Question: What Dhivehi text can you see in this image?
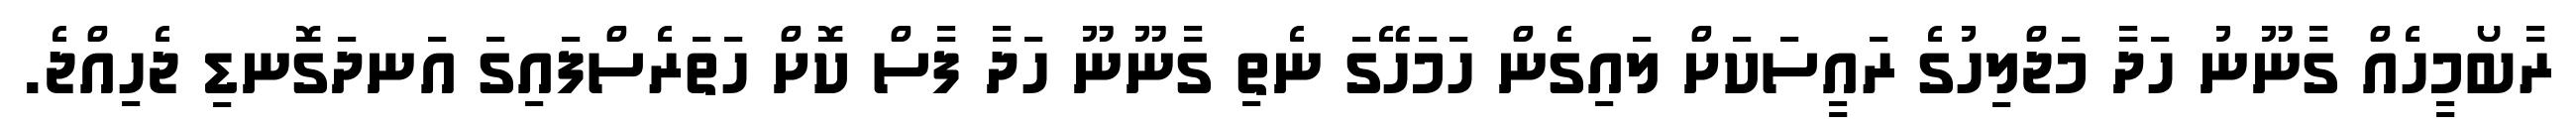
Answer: ރާބޯމީހެއް ގާނޫނު ހަދާ މަޖްލިހުގެ ރައީސަކަށް ލައިގެން ހަމަހޭގަ ނެތި ގާނޫނޫ ހަދާ ފާސް ކޮށް ހަތަރެސްފައިގަ އަނދަގޮނޑި ޖެހިއްޖެ.